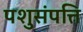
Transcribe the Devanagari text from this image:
पशुसंपत्ति